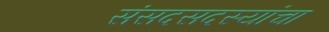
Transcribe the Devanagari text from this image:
संसदसदस्यांचा